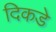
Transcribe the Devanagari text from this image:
दिकडे